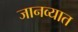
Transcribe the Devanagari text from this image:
जानव्यात